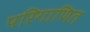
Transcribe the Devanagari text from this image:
परिगाणित